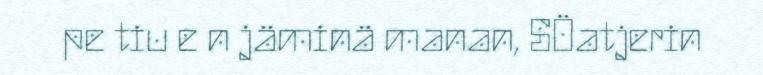
pe tiu e n jäminä manan, SÖatjerin